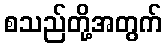
စသည်တို့အတွက်